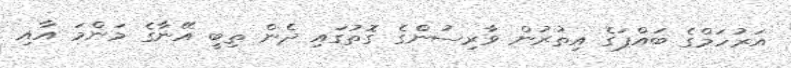
އަރުހަމްގެ ބައްޕަގެ އިތުރުން ވާރިސުންގެ ގޮތުގައި ދެން ތިބީ އޭނާގެ މަންމަ އާއި